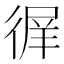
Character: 𢔦